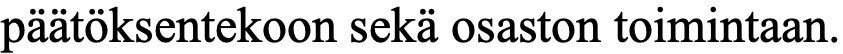
päätöksentekoon sekä osaston toimintaan.